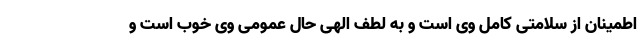
اطمینان از سلامتی کامل وی است و به لطف الهی حال عمومی وی خوب است و